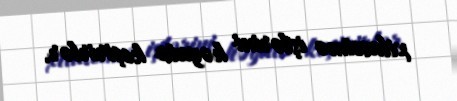
xilasetmə işlərini həyata keçirirlər.